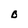
Character: B